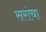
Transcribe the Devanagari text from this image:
सरांचा